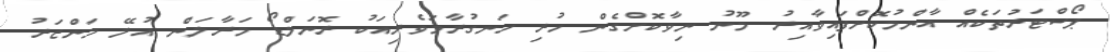
ޕޯސްޓަރުތަކެއް އާންމުކޮށްފައިވާއިރު މޫނު ނިވާކޮށްގެން ހުރި ހަނގުރާމަވެރިއަކު ރޮނަލްޑޯ މަރާލަން އުލޭ މަންޒަރު